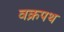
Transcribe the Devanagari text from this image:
वक्रपथ